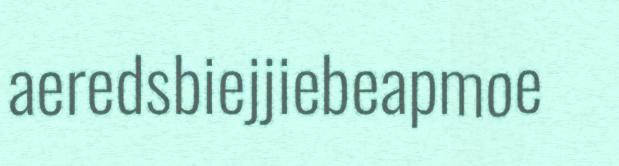
aeredsbiejjiebeapmoe